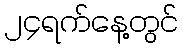
၂၄ရက်နေ့တွင်